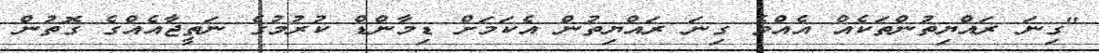
"ގިނަ ރައްޔިތުންތަކެއް އެއްވެ ގިނަ ރައްޔިތުން އެކަމަށް ޑިމާންޑް ކުރުމުގެ ނަތީޖާއެއްގެ ގޮތުން